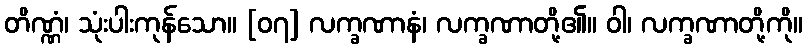
တိဏ္ဏံ၊ သုံးပါးကုန်သော။ [၀၇] လက္ခဏာနံ၊ လက္ခဏာတို့၏။ ဝါ၊ လက္ခဏာတို့ကို။